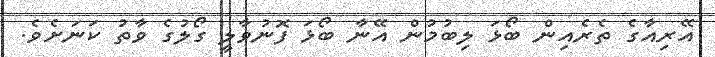
އޭރިއާގެ ތެރެއިން ބޯޅަ ލިބުމުން އޭނާ ބޯޅަ ފޮނުވާލީ ގޯލުގެ ވާތު ކަނަށެވެ.